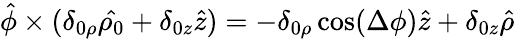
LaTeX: \hat{\phi}\times(\delta_{0\rho}\hat{\rho_{0}}+\delta_{0z}\hat{z})=-\delta_{0\rho}\cos(\Delta\phi)\hat{z}+\delta_{0z}\hat{\rho}